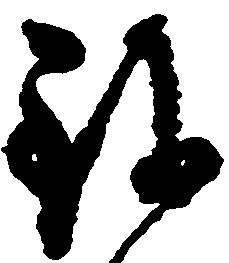
致